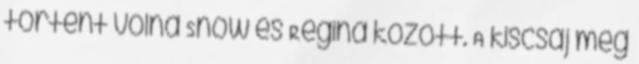
történt volna Snow és Regina között. A kiscsaj meg